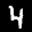
Digit: 4